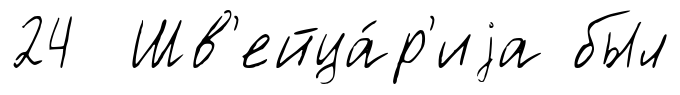
24 Шв'ейца́р'иjа был